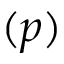
( p )